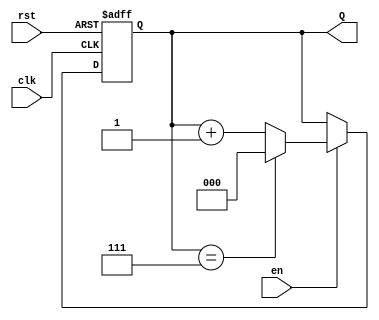
module up_counter (
    input wire clk,      // Clock signal
    input wire en,       // Enable signal
    input wire rst,      // Asynchronous reset signal
    output reg [N-1:0] Q // Counter output
);
    parameter N = 3;                   // Number of bits for the counter
    parameter MAX_COUNT = (1 << N) - 1; // Maximum count value (2^N - 1)

    always @(posedge clk or posedge rst) begin
        if (rst) begin
            Q <= 0; // Reset counter to 0
        end else if (en) begin
            if (Q == MAX_COUNT) begin
                Q <= 0; // Wrap around to 0
            end else begin
                Q <= Q + 1; // Increment counter
            end
        end
        // If enable is low, retain the current value of Q
    end
endmodule